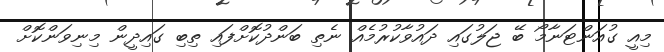
މިއީ ގުއަންޓަނާމޯ ބޭ ޖަލުގައި ދައުވާކުރުމެއް ނެތި ބަންދުކޮށްފައި ތިބި ގައިދީން މިނިވަންކޮށް